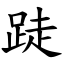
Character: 跿